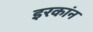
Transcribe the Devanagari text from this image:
इरकांन